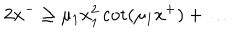
LaTeX: 2 x ^ { - } \ge \mu _ { 1 } x _ { 1 } ^ { 2 } \cot ( \mu _ { 1 } x ^ { + } ) + \ldots